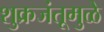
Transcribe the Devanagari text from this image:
शुक्रजंतूमुळे